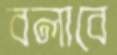
বলাবে